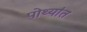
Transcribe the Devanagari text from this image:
पोथ्यांत